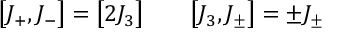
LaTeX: \bigl [ J _ { + } , J _ { - } \bigr ] = \bigl [ 2 J _ { 3 } \bigr ] \qquad \bigl [ J _ { 3 } , J _ { \pm } \bigr ] = \pm J _ { \pm }